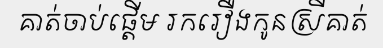
គាត់ចាប់ផ្តើម រករឿងកូនស្រីគាត់